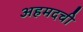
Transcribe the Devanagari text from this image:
अहमदची